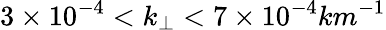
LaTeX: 3\times 10^{-4}<k_{\perp}<7\times 10^{-4}km^{-1}